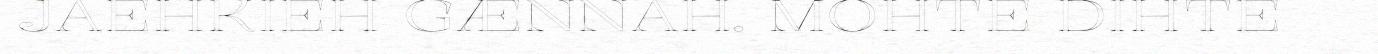
JAEHKIEH GÆNNAH. MOHTE DIHTE